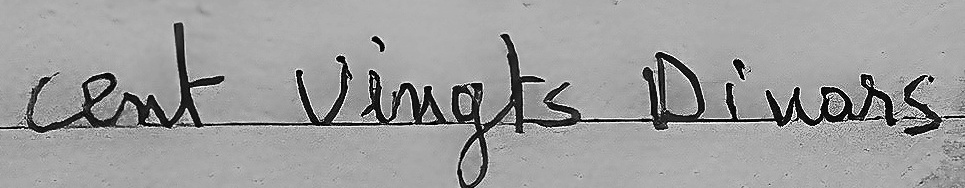
cent vignts Dinars